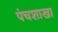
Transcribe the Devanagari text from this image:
पंचशाखा